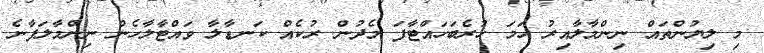
މި ލިޔުންތައް ނިންމާލާއިރު ހަމަ ހުރެބަހައްޓާފަ މެދުން ރުކެއް ކަނޑާލާ ވައްޓާލާހެން ނިންމާލަފާނެ